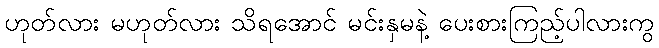
ဟုတ်လား မဟုတ်လား သိရအောင် မင်းနှမနဲ့ ပေးစားကြည့်ပါလားကွ